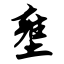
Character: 壅